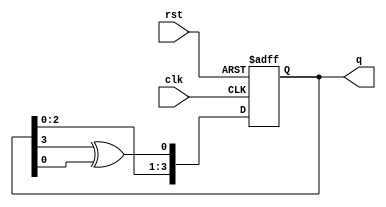
module johnson_counter(
    input clk,
    input rst,
    output reg [3:0] q
);

always @(posedge clk or posedge rst) begin
    if (rst) begin
        q <= 4'b0001; // Initial state
    end else begin
        q <= {q[2:0], q[3] ^ q[0]}; // Circular shift with feedback
    end
end

endmodule